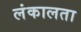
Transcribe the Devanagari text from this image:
लंकालता